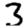
Digit: 3